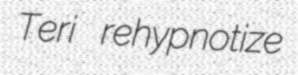
Teri rehypnotize